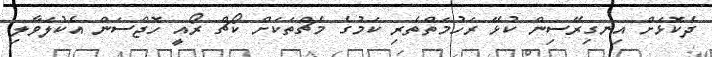
ދެކޮޅަށް އިނގިރޭސިން ކުޅޭ ރަހުމަތްތެރި ކަމުގެ މެޗްތަކަށް ކޯޗް ރޯއީ ހޮޖްސަން އެކުލަވާލި